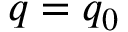
q = q _ { 0 }